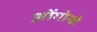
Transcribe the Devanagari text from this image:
ओंगोन्डो